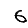
Digit: 6